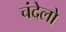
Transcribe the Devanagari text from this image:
चंदेलो